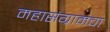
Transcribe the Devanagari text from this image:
महासंग्रामचा